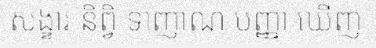
សង្ខារ និព្វិ ទាញាណ បញ្ញា ឃើញ